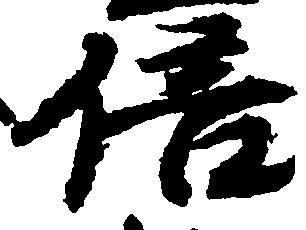
倍